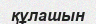
құлашын